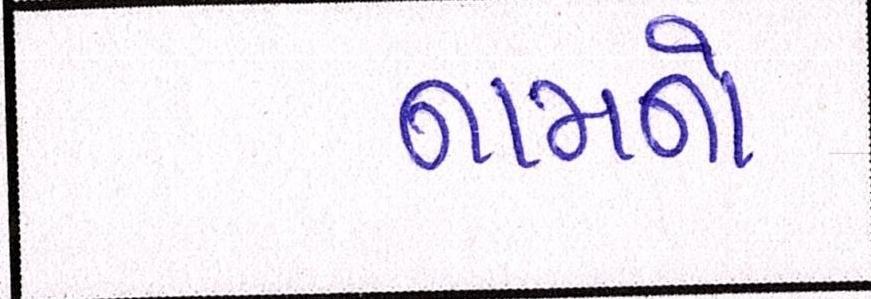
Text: નામનો